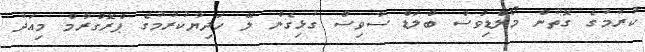
ކުރުމުގެ ގޮތުން މޯލްޑިވްސް ބްލަޑް ސާވިސް ގުޅިގެން ލޭ ހަދިޔާކުރުމުގެ ޕްރޮގްރާމް މިއަދު